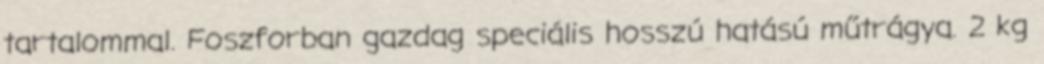
tartalommal. Foszforban gazdag speciális hosszú hatású műtrágya. 2 kg